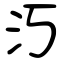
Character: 汅